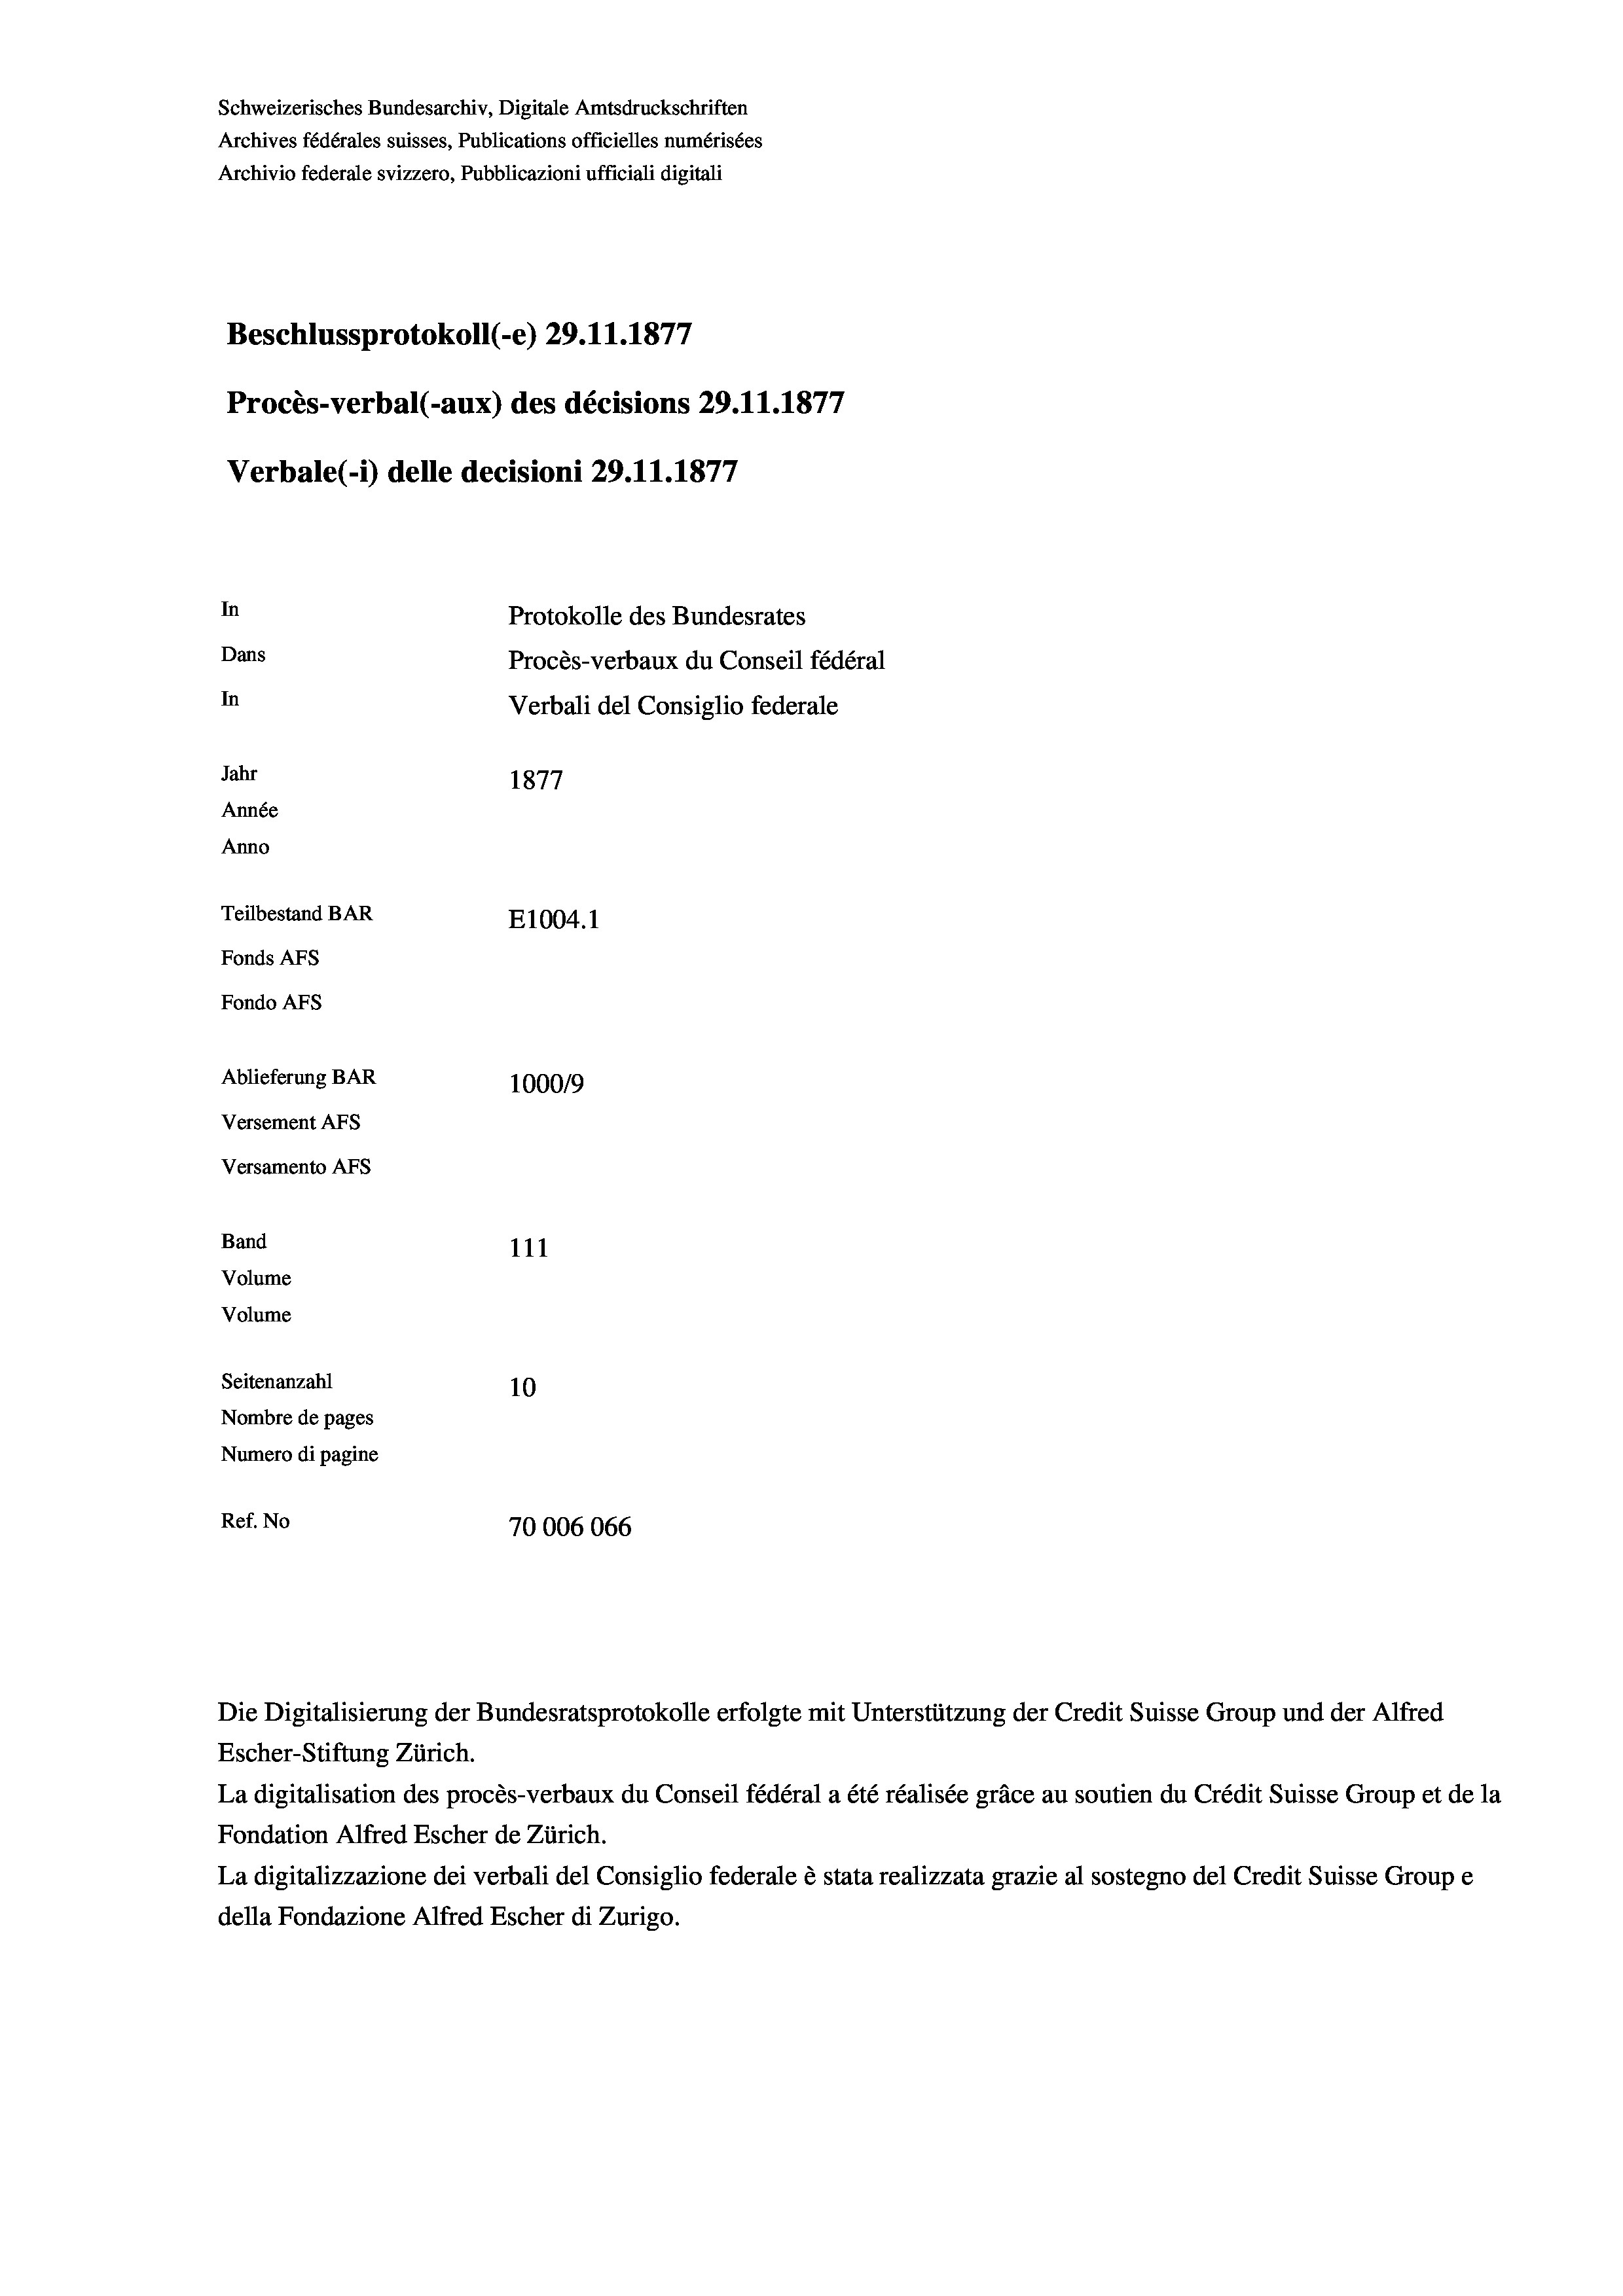
Schweizerisches Bundesarchiv, Digitale Amtsdruckschriften
Archives fédérales suisses, Publications officielles numérisées
Archivio federale svizzero, Pubblicazioni ufficiali digitali
17
Beschlussprotokoll (-e) 29.11.1877
Procès-verbal (-aux) des décisions 29.11.1877
Verbale (i) delle decisioni 29. 11. 1877
In
Protokolle des Bundesrates
Dans
Procès-verbaux du Conseil fédéral
In
Verbali del Consiglio federale
Jahr
1877
Année
Anno
Teilbestand BAR
E1004. 1
Fonds AFs
Fondo AFs
Ablieferung BAR
100019
Versement AFS

Versamento AFs
Band
Volume
Volume

111
Seitenanzahl
10
Nombre de pages
Numero di pagine
Ref. No
70006066

Escher-Stiftung Zürich.
La digitalisation des procès-verbaux du Conseil fédéral a été réalisée gräce au soutien du Crédit Suisse Group et de la
Fondation Alfred Escher de Zürich.
La digitalizzazione dei verbali del Consiglio federale è stata realizzata grazie al sostegno del Credit Suisse Groupe
della Fondazione Alfred Escher di Zurigo.

Die Digitalisierung der Bundesratsprotokolle erfolgte mit Unterstützung der Credit Suisse Group und der Alfred